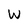
Character: W